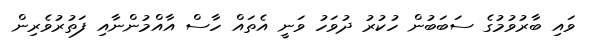
ވައި ބާރުވުމުގެ ސަބަބުން ހުކުރު ދުވަހު ވަނީ އެތައް ހާސް އާއްމުންނާއި ފަތުރުވެރިން